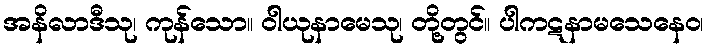
အနိလာဒီသု၊ ကုန်သော။ ဝါယုနာမေသု၊ တို့တွင်။ ပါကဋနာမသေနေဝ၊